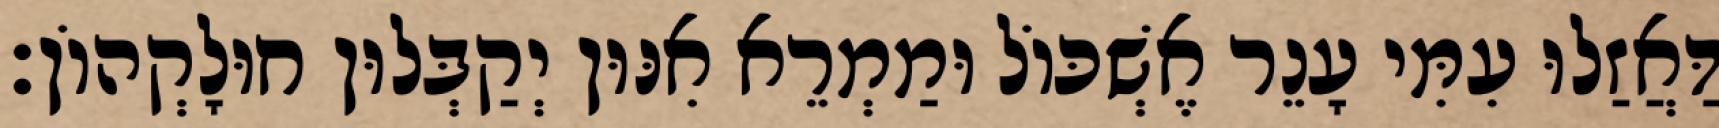
דַּאֲזַלוּ עִמִּי עָנֵר אֶשְׁכּוֹל וּמַמְרֵא אִנּוּן יְקַבְּלוּן חוּלָקְהוֹן׃